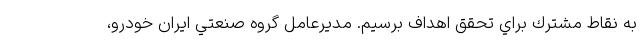
به نقاط مشترك براي تحقق اهداف برسيم. مديرعامل گروه صنعتي ايران خودرو،